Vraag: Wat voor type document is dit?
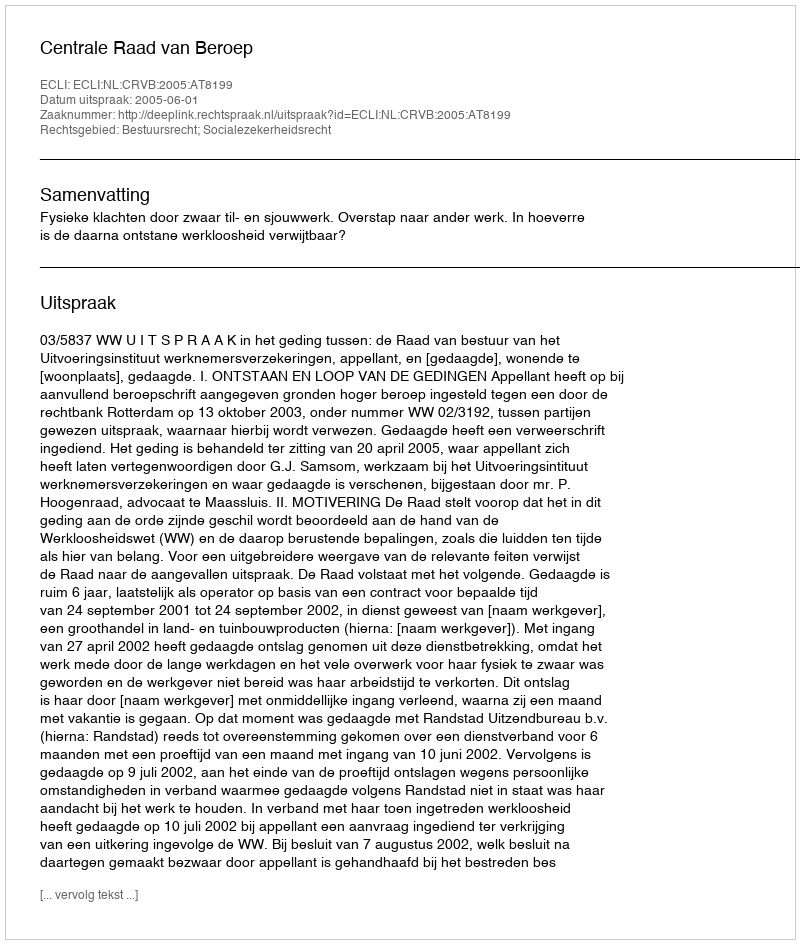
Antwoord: Uitspraak